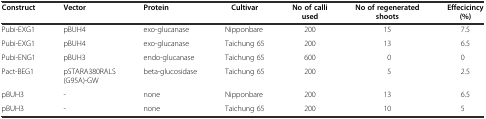
| Construct | Vector | Protein | Cultivar | No of calli used | No of regenerated shoots | Effecicincy (%) |
 | --- | --- | --- | --- | --- | --- | --- |
 | Pubi-EXG1 | pBUH4 | exo-glucanase | Nipponbare | 200 | 15 | 7.5 |
 | Pubi-EXG1 | pBUH4 | exo-glucanase | Taichung 65 | 200 | 13 | 6.5 |
 | Pubi-ENG1 | pBUH3 | endo-glucanase | Taichung 65 | 600 | 0 | 0 |
 | Pact-BEG1 | pSTARA380RALS (G95A)-GW | beta-glucosidase | Taichung 65 | 200 | 5 | 2.5 |
 | pBUH3 | - | none | Nipponbare | 200 | 13 | 6.5 |
 | pBUH3 | - | none | Taichung 65 | 200 | 10 | 5 |